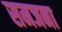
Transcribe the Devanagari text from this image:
समजना